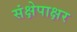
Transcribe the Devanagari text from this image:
संक्षेपाक्षर